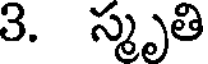
3. స్మృతి